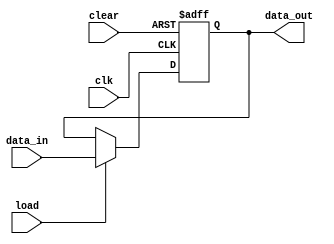
module register(
	input [15:0] data_in,
	output [15:0] data_out,

	input load,
	input clear,
	input clk
);

reg [15:0] storage;

assign data_out = storage;

always @ (posedge clk or negedge clear) begin
	if(~clear)
		storage <= 16'd0;
	else if(load)
		storage <= data_in;
	
end

endmodule